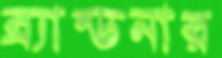
ব্র্যান্ডনার